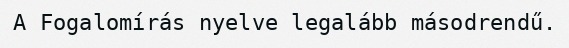
A Fogalomírás nyelve legalább másodrendű.